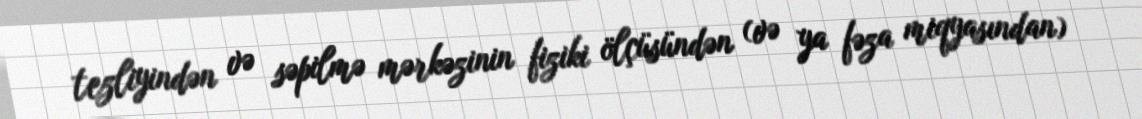
tezliyindən və səpilmə mərkəzinin fiziki ölçüsündən (və ya fəza miqyasından)